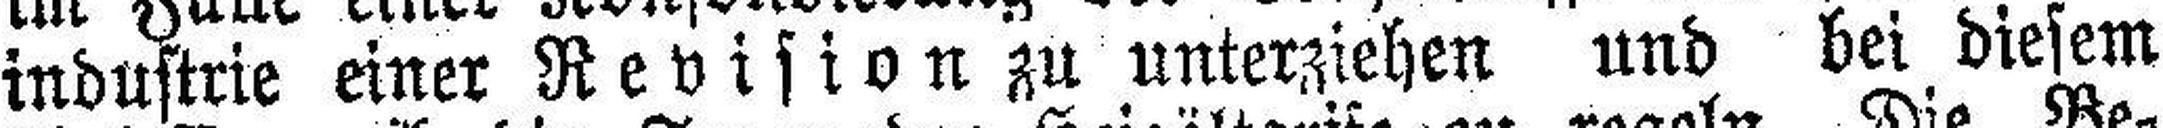
industrie einer Revision zu unterziehen und bei diesem